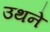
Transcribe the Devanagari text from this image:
उथने